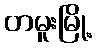
တမူးမြို့